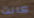
كانت